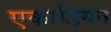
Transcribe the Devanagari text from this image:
एकाडियन